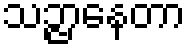
သဉ္ဇာနေတာ